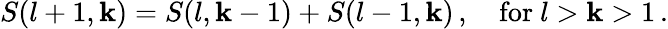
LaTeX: S(l+1,\mathbf{k})=S(l,\mathbf{k}-1)+S(l-1,\mathbf{k})\, ,\quad\mathrm{{for~}}l>\mathbf{k}>1\, .